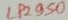
Text: LP2950